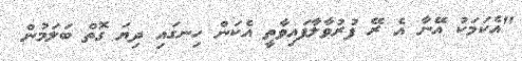
"އެކަމަކު އޭނާ އެ ރޭ ފުރުވާލާފައިވާތީ އެކަން ހިނގައި ދިޔަ ގޮތް ބަލަމުން